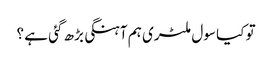
تو کیا سول ملٹری ہم آہنگی بڑھ گئی ہے ؟